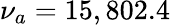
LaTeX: \nu_{a}=15,802.4